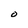
Character: O